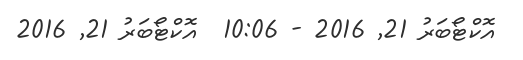
އޮކްޓޯބަރު 21